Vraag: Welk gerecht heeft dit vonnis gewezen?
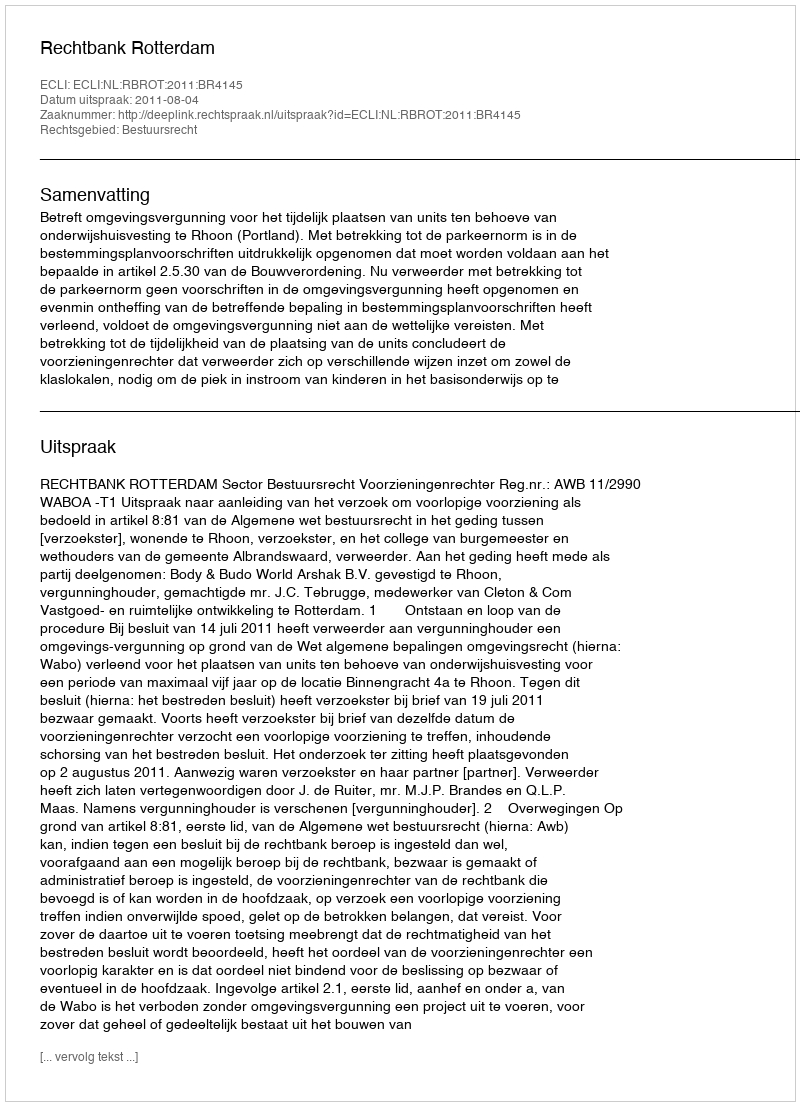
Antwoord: Rechtbank Rotterdam